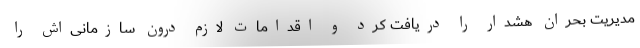
مدیریت بحران هشدار را دریافت کرد و اقدامات لازم درون سازمانی‌اش را